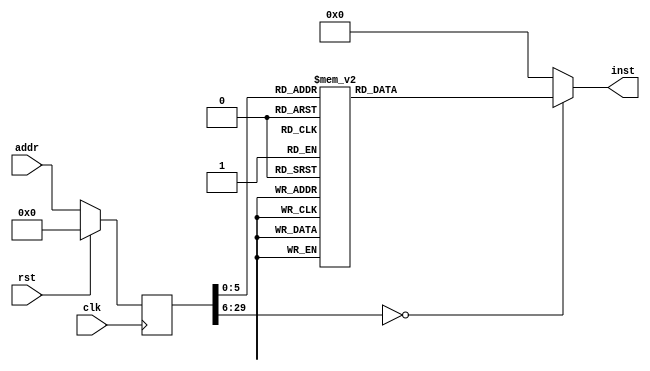
module asmtest(input clk, input rst, input [29:0] addr, output reg [31:0] inst);
reg [29:0] addr_r;
always @(posedge clk)
begin
addr_r <= (rst) ? (30'b0) : (addr);
end
always @(*)
begin
case(addr_r)
30'h00000000: inst = 32'h93030000;
30'h00000001: inst = 32'hb7000010;
30'h00000002: inst = 32'h93800002;
30'h00000003: inst = 32'h37b1ad1e;
30'h00000004: inst = 32'h1301f10e;
30'h00000005: inst = 32'h37050010;
30'h00000006: inst = 32'h23201500;
30'h00000007: inst = 32'h23222500;
30'h00000008: inst = 32'h83250500;
30'h00000009: inst = 32'h03264500;
30'h0000000a: inst = 32'h6398b000;
30'h0000000b: inst = 32'h93831300;
30'h0000000c: inst = 32'h6314c100;
30'h0000000d: inst = 32'h6f008004;
30'h0000000e: inst = 32'h13026004;
30'h0000000f: inst = 32'hef000007;
30'h00000010: inst = 32'h13021006;
30'h00000011: inst = 32'hef008006;
30'h00000012: inst = 32'h13029006;
30'h00000013: inst = 32'hef000006;
30'h00000014: inst = 32'h1302c006;
30'h00000015: inst = 32'hef008005;
30'h00000016: inst = 32'h1302a003;
30'h00000017: inst = 32'hef000005;
30'h00000018: inst = 32'h13020002;
30'h00000019: inst = 32'hef008004;
30'h0000001a: inst = 32'h13820303;
30'h0000001b: inst = 32'hef000004;
30'h0000001c: inst = 32'h1302a000;
30'h0000001d: inst = 32'hef008003;
30'h0000001e: inst = 32'h6f000003;
30'h0000001f: inst = 32'h13020005;
30'h00000020: inst = 32'hef00c002;
30'h00000021: inst = 32'h13021006;
30'h00000022: inst = 32'hef004002;
30'h00000023: inst = 32'h13023007;
30'h00000024: inst = 32'hef00c001;
30'h00000025: inst = 32'h13023007;
30'h00000026: inst = 32'hef004001;
30'h00000027: inst = 32'h1302a000;
30'h00000028: inst = 32'hef00c000;
30'h00000029: inst = 32'h6f004000;
30'h0000002a: inst = 32'h6f000000;
30'h0000002b: inst = 32'h37010080;
30'h0000002c: inst = 32'h83210100;
30'h0000002d: inst = 32'h93f11100;
30'h0000002e: inst = 32'he38a01fe;
30'h0000002f: inst = 32'h23244100;
30'h00000030: inst = 32'h67800000;
default:      inst = 32'h00000000;
endcase
end
endmodule